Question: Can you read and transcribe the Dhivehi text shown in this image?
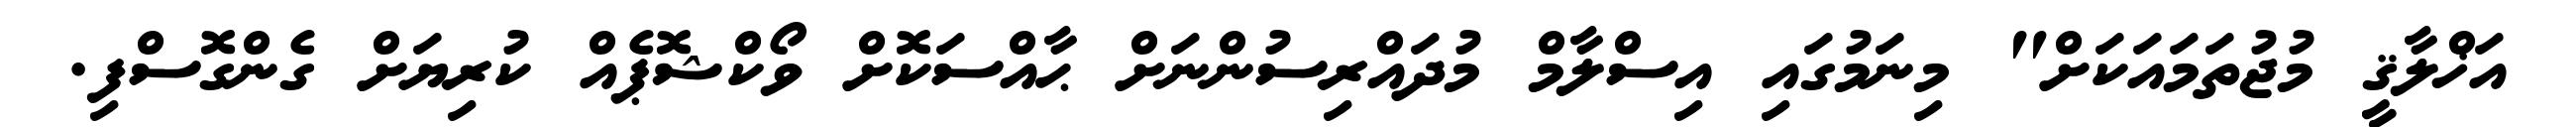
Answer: އަޚްލާޤީ މުޖުތަމައަކަށް" މިނަމުގައި އިސްލާމް މުދައްރިސުންނަށް ޙާއްސަކޮށް ވޯކްޝޮޕެއް ކުރިޔަށް ގެންގޮސްފި.